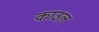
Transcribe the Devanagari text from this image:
काउल